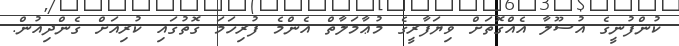
ކުންފުނީގެ އުސޫލާ އެއްގޮތަށް ވިޔަފާރީގެ މުޢާމަލާތް އެންމެ ފުރިހަމަ ގޮތުގައި ކުރިއަށް ގެންދިއުން.